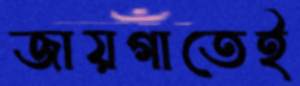
জায়গাতেই